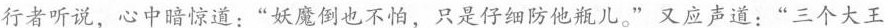
行者听说，心中暗惊道：“妖魔倒也不怕，只是仔细防他瓶儿。“又应声道：”三个大王